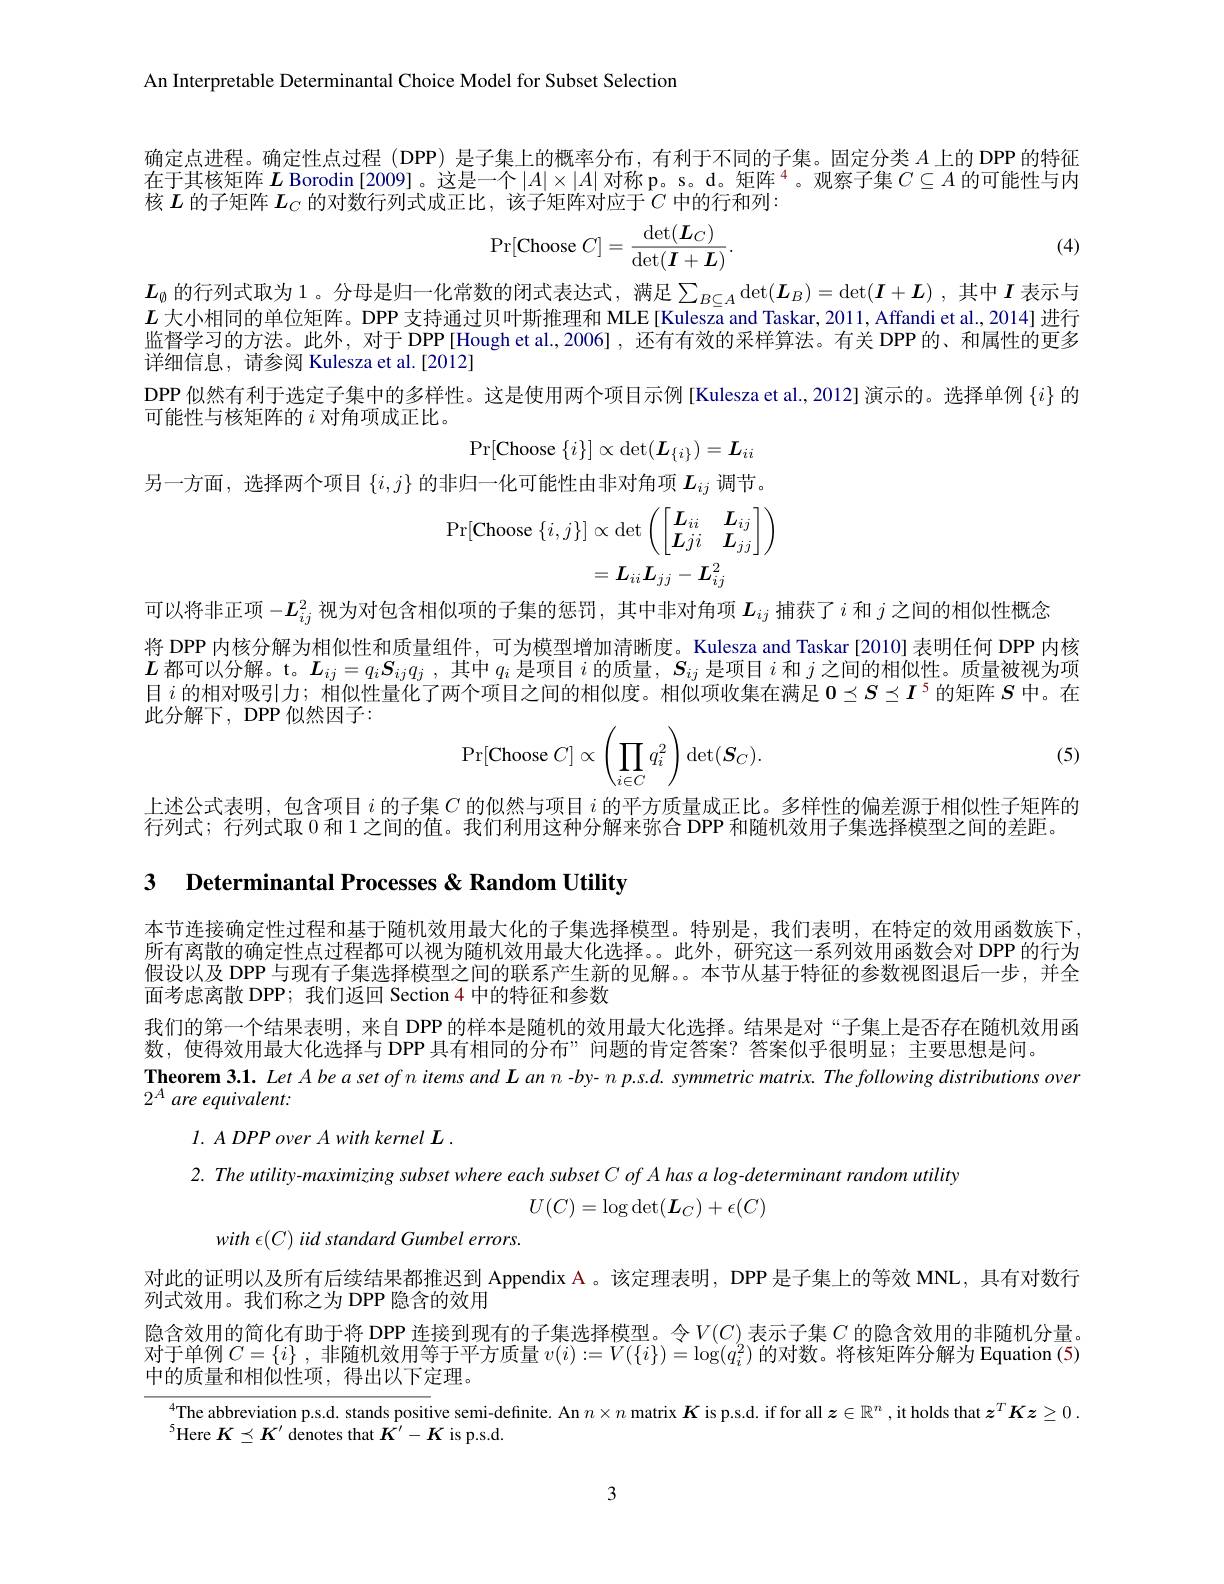
An Interpretable Determinantal Choice Model for Subset Selection

确定点进程。确定性点过程 (DPP) 是子集上的概率分布，有利于不同的子集。固定分类$A$上的 DPP 的特征在于其核矩阵 $\boldsymbol{L}$ Borodin [2009]。这是一个$|A|\times|A|$ 对称 p。s。d。矩阵$^{4}$。观察子集$C\subseteq A$ 的可能性与内核$L$的子矩阵$L_C$的对数行列式成正比，该子矩阵对应于$C$中的行和列：
$$\Pr[\text{Choose}C]=\frac{\det(\boldsymbol{L}_C)}{\det(\boldsymbol{I}+\boldsymbol{L})}.$$
(4)

$L_{\emptyset}$的行列式取为1。分母是归一化常数的闭式表达式，满足$\sum_B\subseteq A\det(\boldsymbol{L}_B)=\det(\boldsymbol{I}+\boldsymbol{L})$,其中$\boldsymbol{I}$表示与$L$大小相同的单位矩阵。DPP 支持通过贝叶斯推理和 MLE[Kulesza and Taskar, 2011, Affandi et al., 2014] 进行监督学习的方法。此外，对于 DPP[Hough et al.,2006],还有有效的采样算法。有关 DPP的、和属性的更多详细信息，请参阅 Kulesza et al.[2012]
DPP 似然有利于选定子集中的多样性。这是使用两个项目示例[Kulesza et al., 2012] 演示的。选择单例$\{i\}$的
可能性与核矩阵的$i$对角项成正比。
$$\operatorname*{Pr}[\mathrm{Choose}\left\{i\right\}]\propto\operatorname*{det}(\boldsymbol{L}_{\left\{i\right\}})=\boldsymbol{L}_{ii}$$
另一方面，选择两个项目$\{i,j\}$的非归一化可能性由非对角项$L_{ij}$调节。
$$\begin{aligned}\Pr[\mathrm{Choose}\:\{i,j\}]&\propto\det\left(\begin{bmatrix}\boldsymbol{L}_{ii}&\boldsymbol{L}_{ij}\\\boldsymbol{L}_{ji}&\boldsymbol{L}_{jj}\end{bmatrix}\right)\\&=\boldsymbol{L}_{ii}\boldsymbol{L}_{jj}-\boldsymbol{L}_{ij}^{2}\end{aligned}$$
可以将非正项$-\boldsymbol{L}_ij^2$视为对包含相似项的子集的惩罚，其中非对角项$\boldsymbol L_ij$捕获了$i$和$j$之间的相似性概念
将 DPP 内核分解为相似性和质量组件，可为模型增加清晰度。Kulesza and Taskar[2010]表明任何 DPP 内核$\boldsymbol{L}$都可以分解。t。$\boldsymbol{L}_ij=q_iS_iq_j$,其中$q_i$是项目$i$的质量$,\boldsymbol{S}_ij$是项目$i$和$j$之间的相似性。质量被视为项目$i$的相对吸引力；相似性量化了两个项目之间的相似度。相似项收集在满足$\mathbf{0}\preceq S\preceq I^5$的矩阵$S$中。在此分解下，DPP 似然因子：
$$\Pr[\text{Choose}\:C]\propto\left(\prod_{i\in C}q_i^2\right)\det(\boldsymbol{S}_C).$$
(5)

上述公式表明，包含项目$i$的子集$C$的似然与项目$i$的平方质量成正比。多样性的偏差源于相似性子矩阵的
行列式；行列式取 0 和 1 之间的值。我们利用这种分解来弥合 DPP 和随机效用子集选择模型之间的差距。

3 Determinantal Processes & Random Utility

本节连接确定性过程和基于随机效用最大化的子集选择模型。特别是，我们表明，在特定的效用函数族下所有离散的确定性点过程都可以视为随机效用最大化选择。。此外，研究这一系列效用函数会对 DPP 的行为假设以及 DPP 与现有子集选择模型之间的联系产生新的见解。。本节从基于特征的参数视图退后一步，并全面考虑离散 DPP; 我们返回 Section 4 中的特征和参数
我们的第一个结果表明，来自 DPP 的样本是随机的效用最大化选择。结果是对“子集上是否存在随机效用函
数，使得效用最大化选择与 DPP 具有相同的分布”问题的肯定答案？答案似乎很明显；主要思想是问。
Theorem 3.1. Let Abe a set of n items and $\boldsymbol{L}$ an n -by- $n$ p.s.d. symmetric matrix. The following distributions over
$2^A\textit{are equivalent: }$

$I. ADPPoverAwith\textit{kernel L}.$
2. The utility-maximizing subset where each subset C of A has a log-determinant random utility
$U(C)=\log\det(\boldsymbol{L}_C)+\epsilon(C)$
with $\epsilon(C)$ iid standard Gumbel errors.
对此的证明以及所有后续结果都推迟到 Appendix A 。该定理表明 , DPP 是子集上的等效 MNL , 具有对数行
列式效用。我们称之为 DPP 隐含的效用
隐含效用的简化有助于将 DPP 连接到现有的子集选择模型。令$V(C)$表示子集$C$的隐含效用的非随机分量。对于单例$C=\{i\}$ ,非随机效用等于平方质量$v(i):=V(\{i\})=\log(q_i^2)$的对数。将核矩阵分解为 Equation (5) 中的质量和相似性项，得出以下定理。
$^{4}$The abbreviation p.s.d. stands positive semi-definite. An $n\times n$ matrix $K$ is p.s.d. if for all $z\in\mathbb{R}^n$ , it holds that $\boldsymbol z^T\boldsymbol{K}\boldsymbol{z}\geq0.$
$^5$Here $K\preceq K^\prime$ denotes that $K^{\prime}-K$ is p.s.d.

3